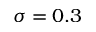
\sigma = 0 . 3